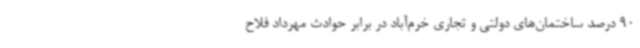
90 درصد ساختمان‌های دولتی و تجاری خرم‌آباد در برابر حوادث مهرداد فلاح